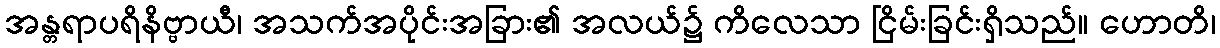
အန္တရာပရိနိဗ္ဗာယီ၊ အသက်အပိုင်းအခြား၏ အလယ်၌ ကိလေသာ ငြိမ်းခြင်းရှိသည်။ ဟောတိ၊